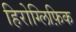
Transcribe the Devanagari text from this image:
हिरोग्लिफ़िक